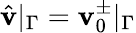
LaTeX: \hat{\mathbf{v}}|_{\Gamma}=\mathbf{v}_{0}^{\pm}|_{\Gamma}